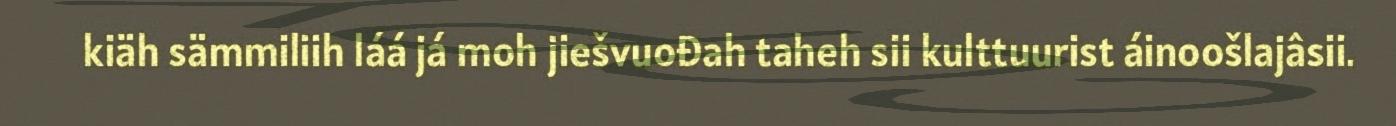
kiäh sämmiliih láá já moh jiešvuođah taheh sii kulttuurist áinoošlajâsii.